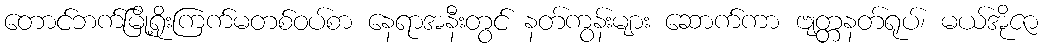
တောင်ဘက်မြို့ရိုးကြက်မတစ်ဝပ်စာ နေရာအနီးတွင် နတ်ကွန်းများ ဆောက်ကာ ဗျတ္တနတ်ရုပ်၊ မယ်အိုဇာ